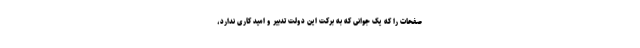
صفحات را که یک جوانی که به برکت این دولت تدبیر و امید کاری ندارد،